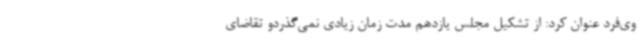
وی‌فرد عنوان کرد: از تشکیل مجلس یازدهم مدت زمان زیادی نمی‌گذردو تقاضای